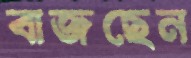
বাজছেন